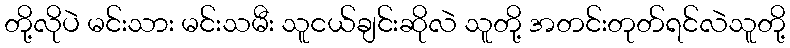
တို့လိုပဲ မင်းသား မင်းသမီး သူငယ်ချင်းဆိုလဲ သူတို့ အတင်းတုတ်ရင်လဲသူတို့